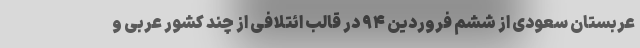
عربستان سعودی از ششم فروردین ۹۴ در قالب ائتلافی از چند کشور عربی و